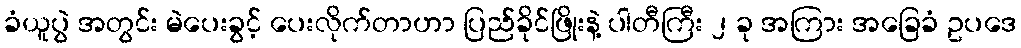
ခံယူပွဲ အတွင်း မဲပေးခွင့် ပေးလိုက်တာဟာ ပြည်ခိုင်ဖြိုးနဲ့ ပါတီကြီး ၂ ခု အကြား အခြေခံ ဥပဒေ